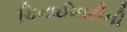
ચિનાઈમાટીની